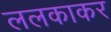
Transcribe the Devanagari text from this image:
ललकाकर